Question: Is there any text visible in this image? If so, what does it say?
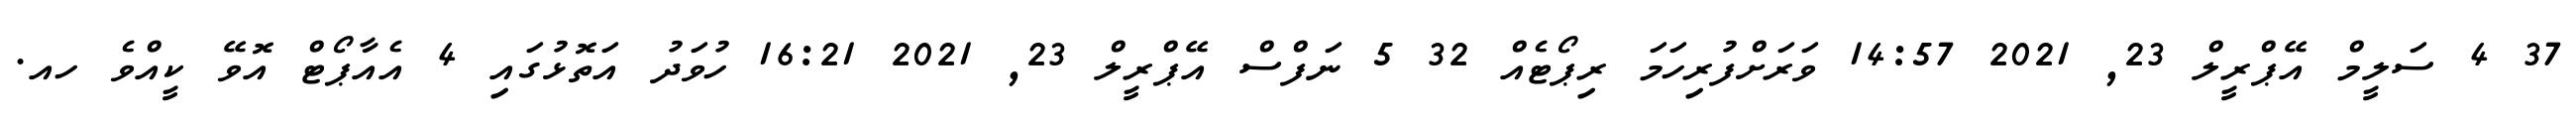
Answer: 37 4 ސަލީމް އޭޕްރީލް 23, 2021 14:57 ވަރަށްފުރިހަމަ ރިޕޯޓެއް 32 5 ނަފްސް އޭޕްރީލް 23, 2021 16:21 ހުވަދު އަތޮޅުގައި 4 އެއާޕޯޓް އޮވޭ ކީއްވެ ހއ.